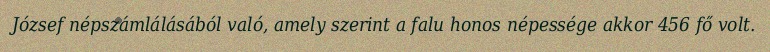
József népszámlálásából való, amely szerint a falu honos népessége akkor 456 fő volt.